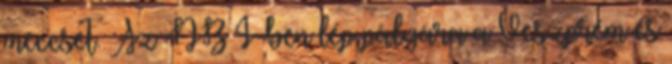
meccset. Az NB I-ben lép pályára a Veszprém és